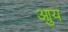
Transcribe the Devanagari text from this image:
आुय